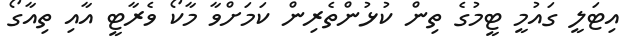
އިޓަލީ ގައުމީ ޓީމުގެ ތިން ކުޅުންތެރިން ކަމަށްވާ މާކޯ ވެރާޓީ އާއި ތިއާގޯ